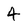
Character: 4